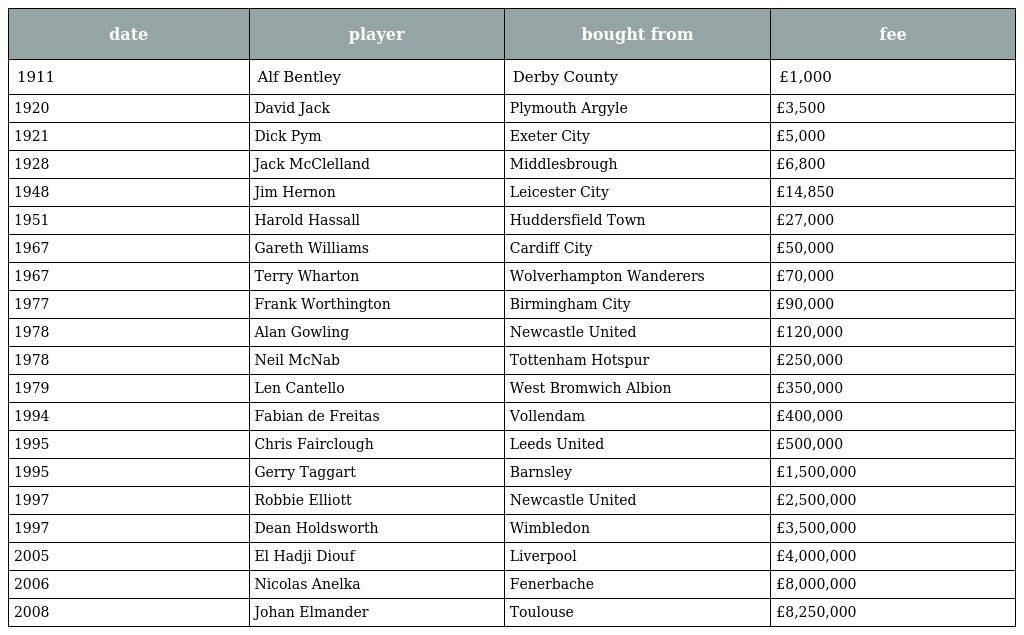
| date | player | bought from | fee |
 | --- | --- | --- | --- |
 | 1911 | Alf Bentley | Derby County | £1,000 |
 | 1920 | David Jack | Plymouth Argyle | £3,500 |
 | 1921 | Dick Pym | Exeter City | £5,000 |
 | 1928 | Jack McClelland | Middlesbrough | £6,800 |
 | 1948 | Jim Hernon | Leicester City | £14,850 |
 | 1951 | Harold Hassall | Huddersfield Town | £27,000 |
 | 1967 | Gareth Williams | Cardiff City | £50,000 |
 | 1967 | Terry Wharton | Wolverhampton Wanderers | £70,000 |
 | 1977 | Frank Worthington | Birmingham City | £90,000 |
 | 1978 | Alan Gowling | Newcastle United | £120,000 |
 | 1978 | Neil McNab | Tottenham Hotspur | £250,000 |
 | 1979 | Len Cantello | West Bromwich Albion | £350,000 |
 | 1994 | Fabian de Freitas | Vollendam | £400,000 |
 | 1995 | Chris Fairclough | Leeds United | £500,000 |
 | 1995 | Gerry Taggart | Barnsley | £1,500,000 |
 | 1997 | Robbie Elliott | Newcastle United | £2,500,000 |
 | 1997 | Dean Holdsworth | Wimbledon | £3,500,000 |
 | 2005 | El Hadji Diouf | Liverpool | £4,000,000 |
 | 2006 | Nicolas Anelka | Fenerbache | £8,000,000 |
 | 2008 | Johan Elmander | Toulouse | £8,250,000 |